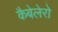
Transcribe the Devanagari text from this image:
कैबेलेरो